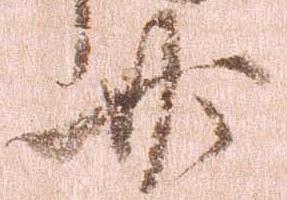
廿